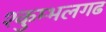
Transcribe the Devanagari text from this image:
१कुम्भलगढ